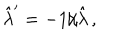
\hat { \lambda } ^ { \prime } = - 1 / \hat { \lambda } \, ,